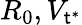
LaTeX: R_{0},V_{\mathsf{t}^{*}}